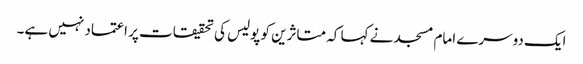
ایک دوسرے امام مسجد نے کہا کہ متاثرین کو پولیس کی تحقیقات پر اعتماد نہیں ہے۔